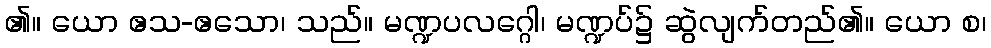
၏။ ယော ဧသ-ဧသော၊ သည်။ မဏ္ဍပလဂ္ဂေါ၊ မဏ္ဍပ်၌ ဆွဲလျက်တည်၏။ ယော စ၊